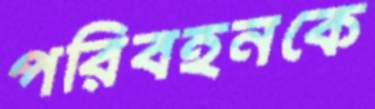
পরিবহনকে